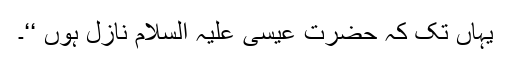
یہاں تک کہ حضرت عیسیٰ علیہ السلام نازل ہوں ‘‘۔